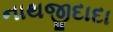
નાથજીદાદા